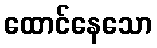
ထောင်နေသော